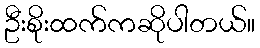
ဦးစိုးထက်ကဆိုပါတယ်။